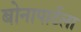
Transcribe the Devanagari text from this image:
बोनापार्टला